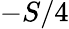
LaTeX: -S/4